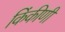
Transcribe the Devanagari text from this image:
किंकीणी